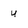
Character: u